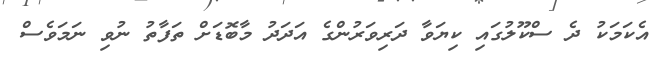
އެކަމަކު ދެ ސްކޫލުގައި ކިޔަވާ ދަރިވަރުންގެ އަދަދު މާބޮޑަށް ތަފާތު ނުވި ނަމަވެސް